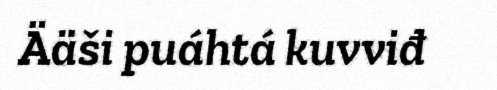
Ääši puáhtá kuvviđ